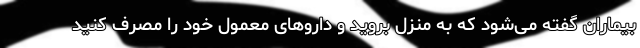
بیماران گفته می‌شود که به منزل بروید و داروهای معمول خود را مصرف کنید